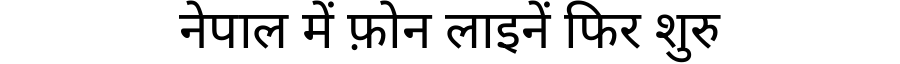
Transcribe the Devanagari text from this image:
नेपाल में फ़ोन लाइनें फिर शुरु